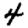
Digit: 4